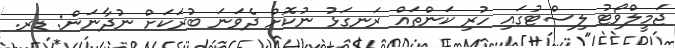
ޖަމީލްވޯޓު ލިސްޓުގައި ހުރި ކަންތައް ރަނގަޅު ނުކޮށް ދެވަނަ ބުރަކަށް ނުދާނަން: ޑރ.